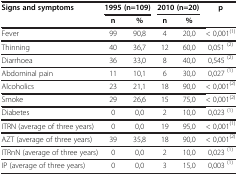
<table><thead><tr><td><b>Signs and symptoms</b></td><td colspan="2"><b>1995 (n=109)</b></td><td colspan="2"><b>2010 (n=20)</b></td><td><b>p</b></td></tr><tr><td><b> </b></td><td><b>n</b></td><td><b>%</b></td><td><b>n</b></td><td><b>%</b></td><td><b> </b></td></tr></thead><tbody><tr><td>Fever</td><td>99</td><td>90,8</td><td>4</td><td>20,0</td><td>&lt; 0,001<sup>(1)</sup></td></tr><tr><td>Thinning</td><td>40</td><td>36,7</td><td>12</td><td>60,0</td><td>0,051 <sup>(2)</sup></td></tr><tr><td>Diarrhoea</td><td>36</td><td>33,0</td><td>8</td><td>40,0</td><td>0,545<sup> (2)</sup></td></tr><tr><td>Abdominal pain</td><td>11</td><td>10,1</td><td>6</td><td>30,0</td><td>0,027 <sup>(1)</sup></td></tr><tr><td>Alcoholics</td><td>23</td><td>21,1</td><td>18</td><td>90,0</td><td>&lt; 0,001<sup>(2)</sup></td></tr><tr><td>Smoke</td><td>29</td><td>26,6</td><td>15</td><td>75,0</td><td>&lt; 0,001<sup>(2)</sup></td></tr><tr><td>Diabetes</td><td>0</td><td>0,0</td><td>2</td><td>10,0</td><td>0,023 <sup>(1)</sup></td></tr><tr><td>ITRN (average of three years)</td><td>0</td><td>0,0</td><td>19</td><td>95,0</td><td>&lt; 0,001<sup>(1)</sup></td></tr><tr><td>AZT (average of three years)</td><td>39</td><td>35,8</td><td>18</td><td>90,0</td><td>&lt; 0,001<sup>(2)</sup></td></tr><tr><td>ITRnN (average of three years)</td><td>0</td><td>0,0</td><td>2</td><td>10,0</td><td>0,023 <sup>(1)</sup></td></tr><tr><td>IP (average of three years)</td><td>0</td><td>0,0</td><td>3</td><td>15,0</td><td>0,003 <sup>(1)</sup></td></tr></tbody></table>